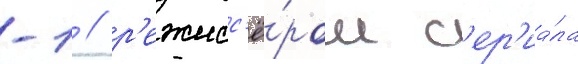
-1 / р'ежисс'ё́ром с'ер'иа́ла